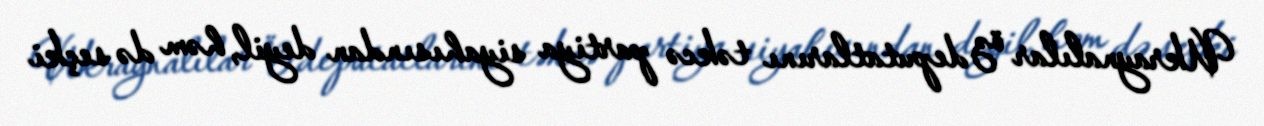
Ukraynalılar öz deputatlarını təkcə partiya siyahısından deyil, həm də seçki